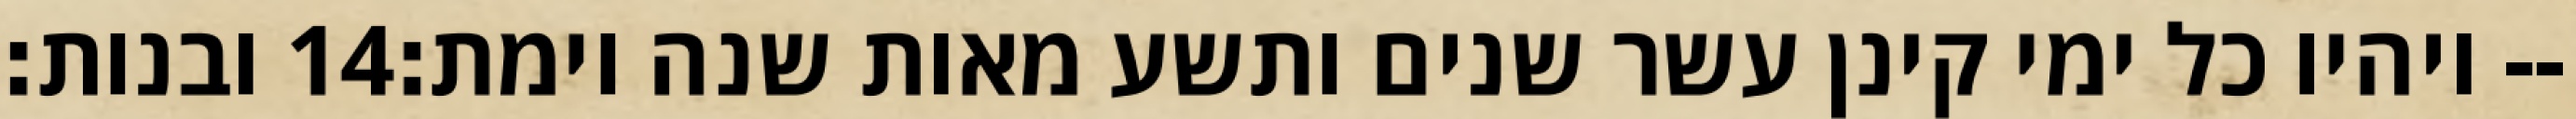
ובנות׃ ‎14‏ ויהיו כל ימי קינן עשר שנים ותשע מאות שנה וימת׃--